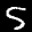
Label: 5